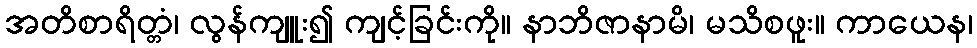
အတိစာရိတ္တံ၊ လွန်ကျူး၍ ကျင့်ခြင်းကို။ နာဘိဇာနာမိ၊ မသိစဖူး။ ကာယေန၊